Report on horse surra - Volume I
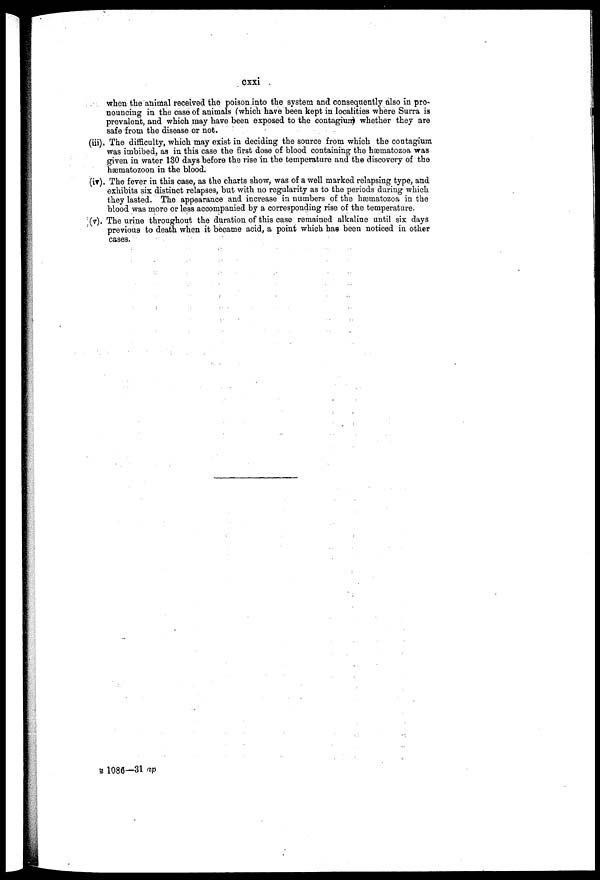
cssi
when the animal received the poison into the system and consequently also In pro-
nouncing in the case of animals (which have been kept in localities where Surra is
prevalent. and which may have been exposed to the contagium) whether they are
safe from the disease or not.
(iii). The difficulty. which may exist in deciding the source from which the contagium
was imbibed. as in this case the first dose of blood containing the hæmatozoa was
given in water 130 days before the rise in the temperature and the discovery of the
hæmatozoon in the blood.
(iv). The fever in this case. as the charts show. was of a well marked relapsing type. and
exhibits six distinct relapses. but with no regularity as to the periods during which
they lasted. The appearance and increase in numbers of the hæmatozoa in the
blood was more or less accompanied by a corresponding rise of the temperature.
(V). The urine throughout the duration of this case remained alkaline until six days
previous to death when it became acid. a point which has been noticed in other
cases.
1080—31 ap